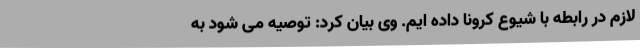
لازم در رابطه با شیوع کرونا داده ایم. وی بیان کرد: توصیه می شود به